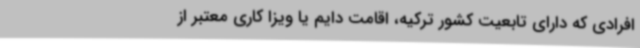
افرادی که دارای تابعیت کشور ترکیه، اقامت دایم یا ویزا کاری معتبر از